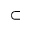
\subset